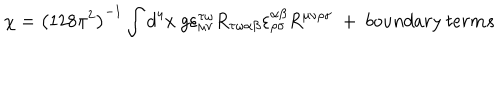
\chi = \left( 1 2 8 \pi ^ { 2 } \right) ^ { - 1 } \int d ^ { 4 } x ~ g \varepsilon _ { \mu \nu } ^ { \tau \omega } R _ { \tau \omega \alpha \beta } \varepsilon _ { \rho \sigma } ^ { \alpha \beta } R ^ { \mu \nu \rho \sigma } ~ + ~ b o u n d a r y ~ t e r m s